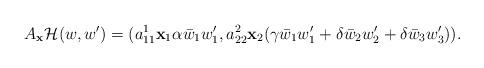
LaTeX: \begin{align*}A_{{\mathbf x}}{\mathcal H}(w,w')=(a_{11}^1{\mathbf x}_1\alpha\bar w_1w_1',a_{22}^2{\mathbf x}_2(\gamma \bar w_1w_1'+\delta \bar w_2w_2'+\delta \bar w_3w_3')).\end{align*}